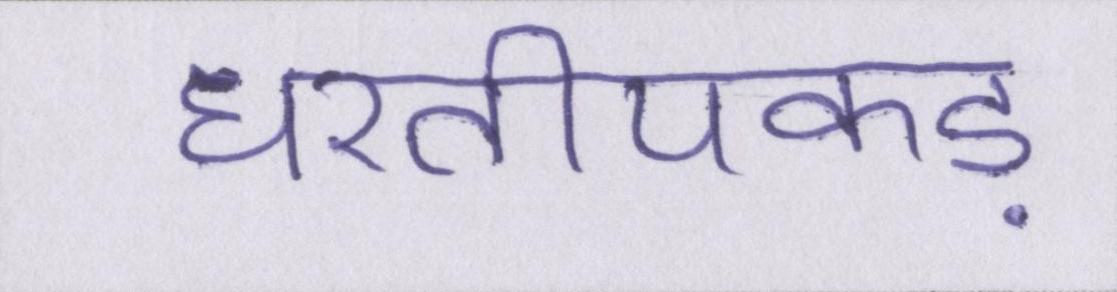
धरतीपकड़